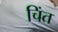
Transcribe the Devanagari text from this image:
चिंत